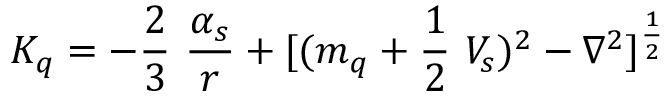
K _ { q } = - \frac { 2 } { 3 } ~ \frac { \alpha _ { s } } { r } + [ ( m _ { q } + \frac { 1 } { 2 } ~ V _ { s } ) ^ { 2 } - \nabla ^ { 2 } ] ^ { \frac { 1 } { 2 } } \nonumber